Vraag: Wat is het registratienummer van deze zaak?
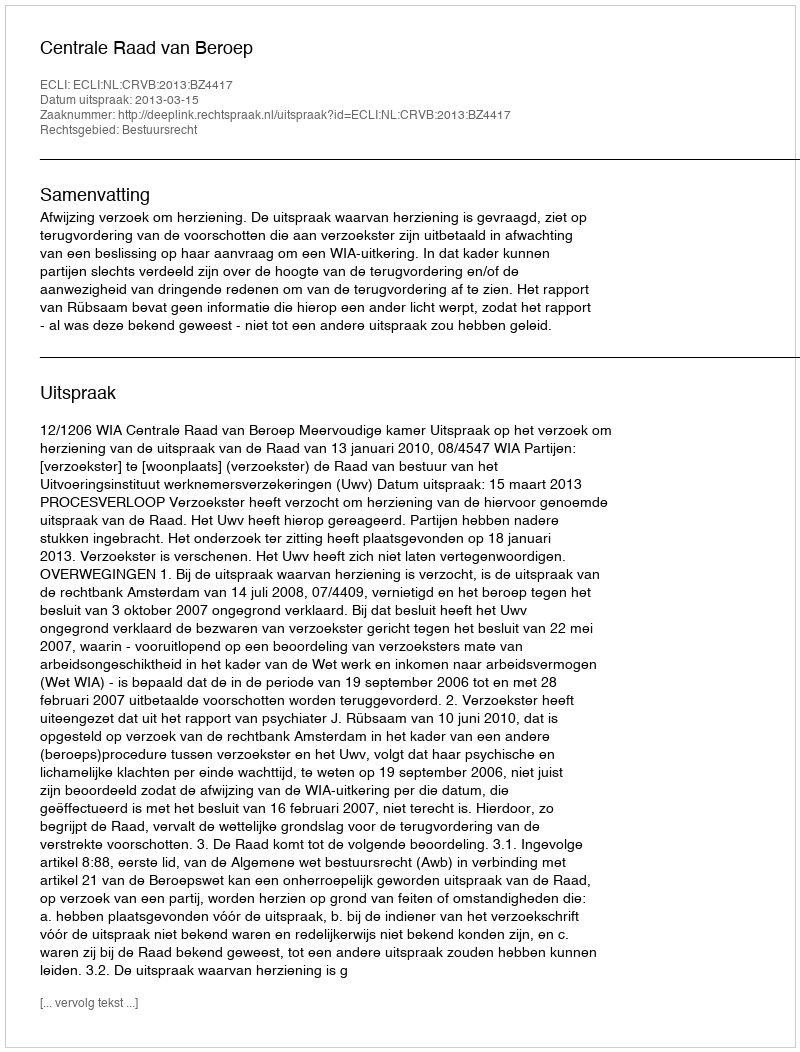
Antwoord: http://deeplink.rechtspraak.nl/uitspraak?id=ECLI:NL:CRVB:2013:BZ4417